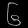
Digit: ၆